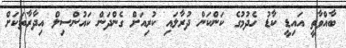
ބާއްވާތީ އައިޑީ ކާޑު ހެދުމުގެ ކަންކަން ދުރާލައި ކުރިއަށް ގެންދަން ކައުންސިލް އިދާރާތަކަށް